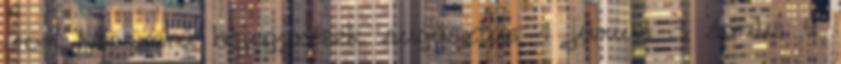
írom Népszerű bejegyzések augusztus 1 június 3 április 4